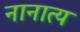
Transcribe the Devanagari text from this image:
नानात्य